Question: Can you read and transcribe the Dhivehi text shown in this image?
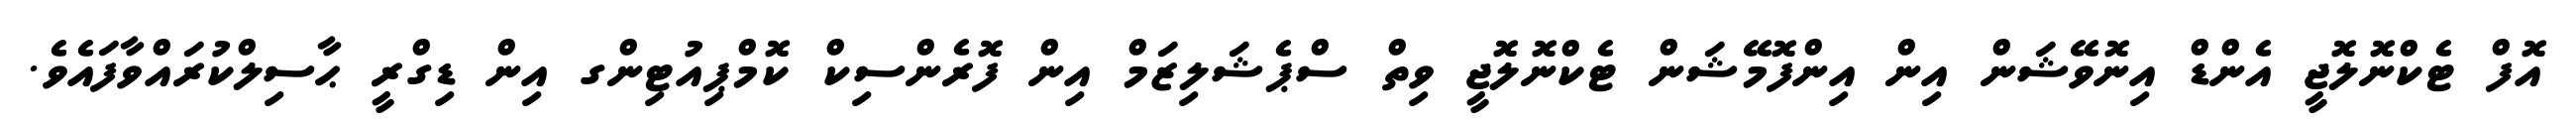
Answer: އޮފް ޓެކްނޮލޮޖީ އެންޑް އިނޮވޭޝަން އިން އިންފޮމޭޝަން ޓެކްނޮލޮޖީ ވިތް ސްޕެޝަލިޒަމް އިން ފޮރެންސިކް ކޮމްޕިއުޓިންގ އިން ޑިގްރީ ޙާސިލްކުރައްވާފައެވެ.